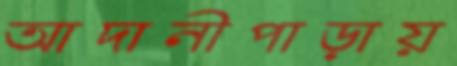
আদানীপাড়ায়